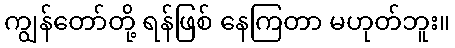
ကျွန်တော်တို့ ရန်ဖြစ် နေကြတာ မဟုတ်ဘူး။